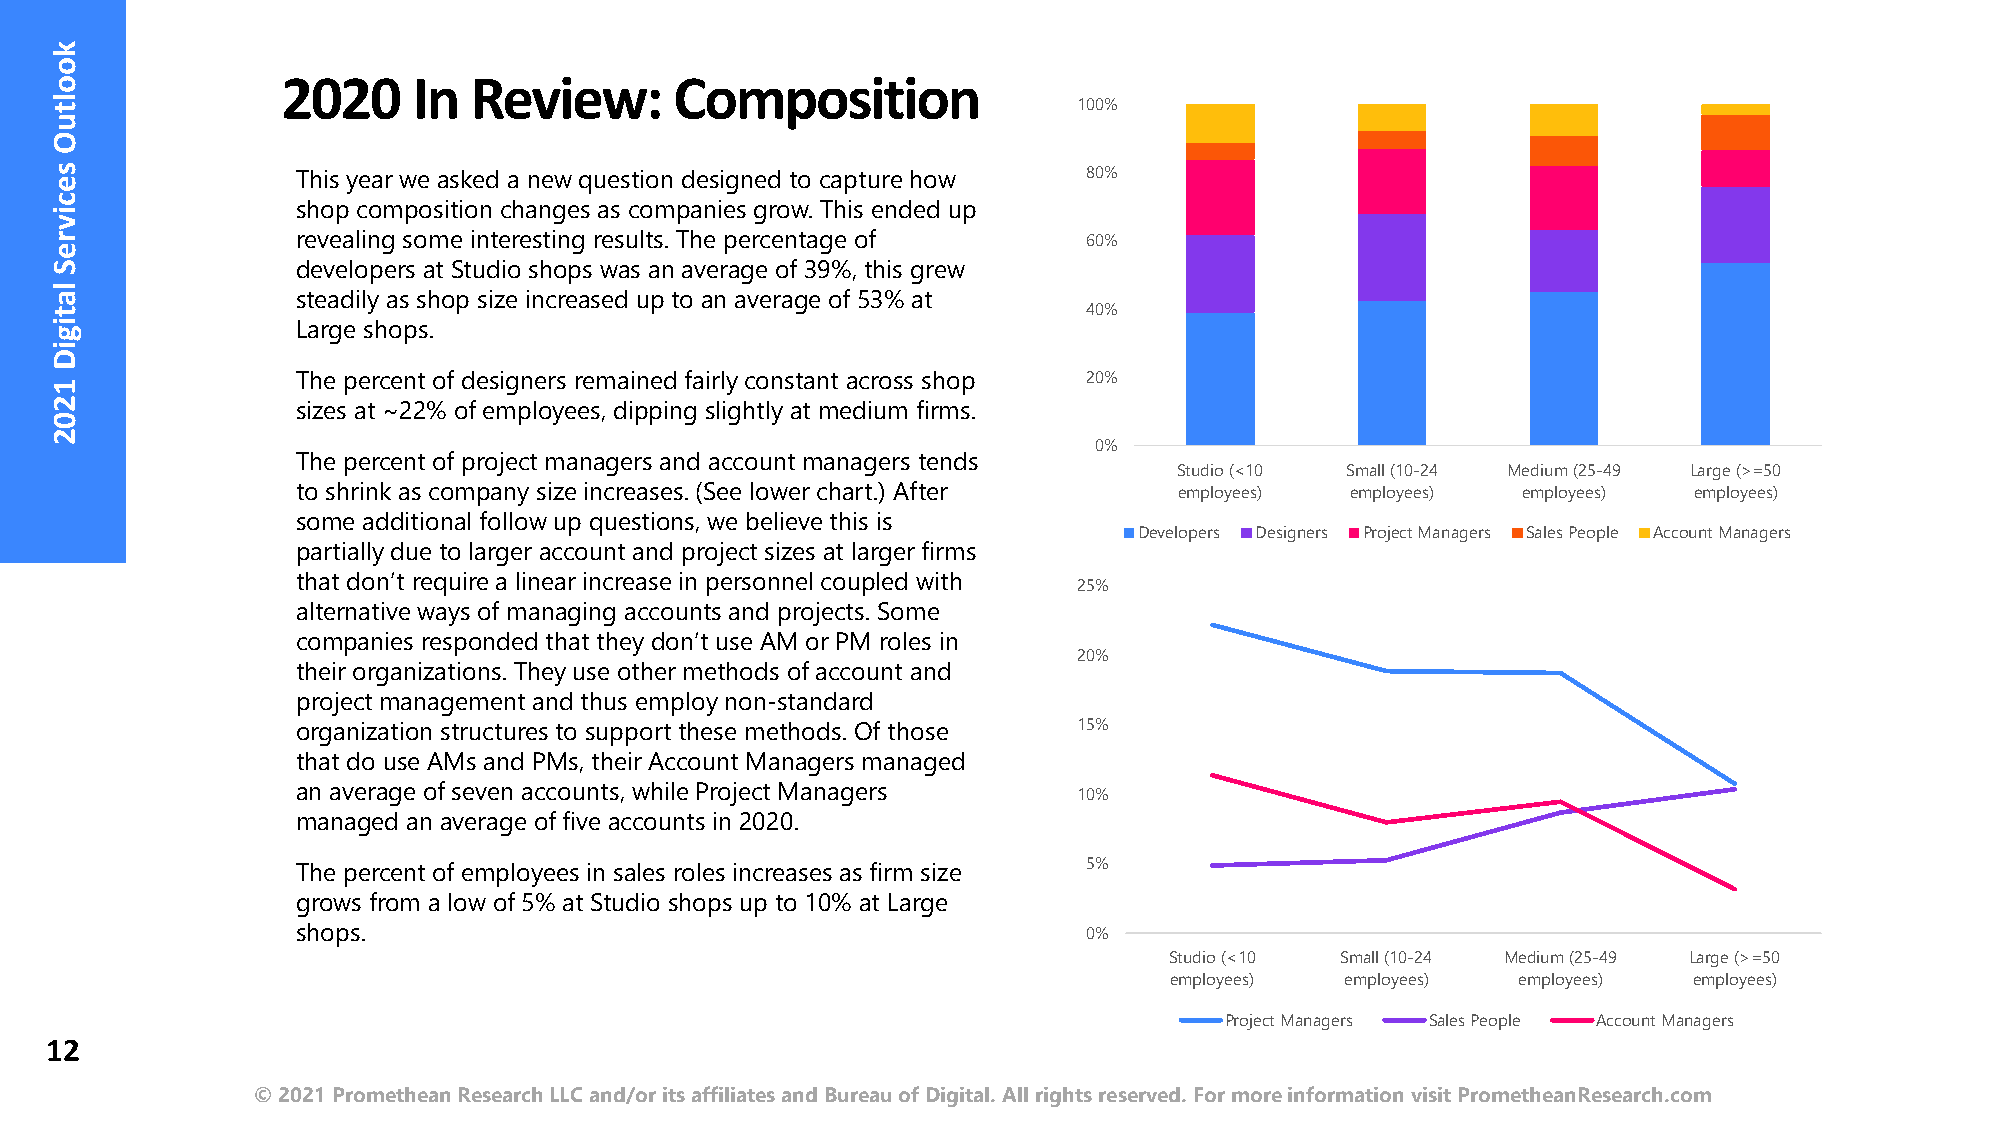
2020    In  Review:       Composition
 100%
 This year we asked a new question designed to capture how 80%
 shop composition changes as companies grow. This ended up
 revealing some interesting results. The percentage of 60%
 developers at Studio shops was an average of 39%, this grew
 steadily as shop size increased up to an average of 53% at
 40%
 Large shops.
 The percent of designers remained fairly constant across shop 20%
 sizes at ~22% of employees, dipping slightly at medium firms.
 0%
 The percent of project managers and account managers tends
 Studio (<10 Small (10-24 Medium (25-49 Large (>=50
 to shrink as company size increases. (See lower chart.) After employees) employees) employees) employees)
 some additional follow up questions, we believe this is
 Developers Designers Project Managers Sales People Account Managers
 partially due to larger account and project sizes at larger firms
 that don’t require a linear increase in personnel coupled with 25%
 alternative ways of managing accounts and projects. Some
 companies responded that they don’t use AM or PM roles in
 20%
 their organizations. They use other methods of account and
 project management and thus employ non-standard
 organization structures to support these methods. Of those 15%
 that do use AMs and PMs, their Account Managers managed
 an average of seven accounts, while Project Managers 10%
 managed an average of five accounts in 2020.
 5%
 The percent of employees in sales roles increases as firm size
 grows from a low of 5% at Studio shops up to 10% at Large
 shops.                                              0%
 Studio (<10 Small (10-24 Medium (25-49 Large (>=50
 employees)  employees) employees)  employees)
 Project Managers Sales People Account Managers
 12
 © 2021 Promethean Research LLC and/or its affiliates and Bureau of Digital. All rights reserved. For more information visit PrometheanResearch.com
 kooltuO
 secivreS
 latigiD
 1202